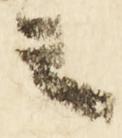
言